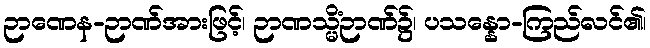
ဉာဏေန-ဉာဏ်အားဖြင့်၊ ဉာဏသ္မိံဉာဏ်၌၊ ပသန္နော-ကြည်လင်၏၊